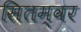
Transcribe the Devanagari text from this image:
सितम्वर